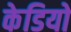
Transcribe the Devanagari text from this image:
केडियो